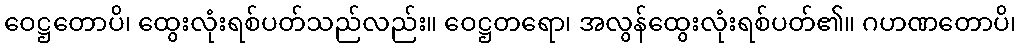
ဝေဋ္ဌတောပိ၊ ထွေးလုံးရစ်ပတ်သည်လည်း။ ဝေဋ္ဌတရော၊ အလွန်ထွေးလုံးရစ်ပတ်၏။ ဂဟဏတောပိ၊